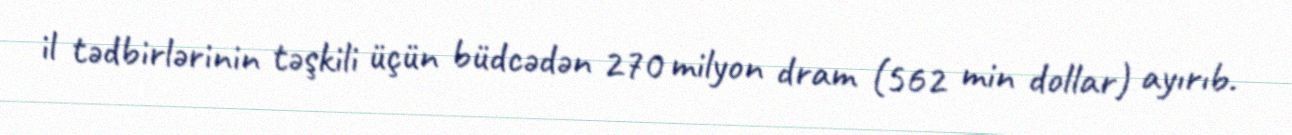
il tədbirlərinin təşkili üçün büdcədən 270 milyon dram (562 min dollar) ayırıb.